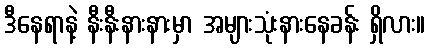
ဒီနေရာနဲ့ နီးနီးနားနားမှာ အများသုံးနားနေခန်း ရှိလား။